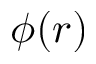
\phi ( r )